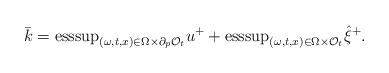
LaTeX: \begin{align*}\bar{k}=\textrm{esssup}_{(\omega,t,x)\in\Omega\times\partial_{p}\mathcal{O}_t}u^++\textrm{esssup}_{(\omega,t,x)\in\Omega\times\mathcal{O}_t}\hat{\xi}^+.\end{align*}